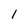
Character: 1